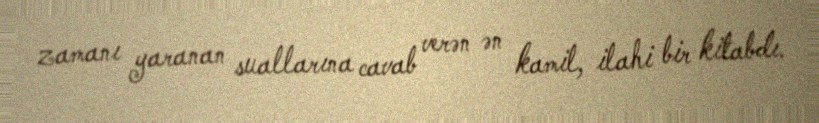
zamanı yaranan suallarına cavab verən ən kamil, ilahi bir kitabdı.